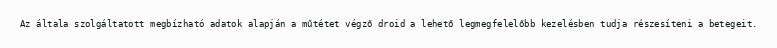
Az általa szolgáltatott megbízható adatok alapján a műtétet végző droid a lehető legmegfelelőbb kezelésben tudja részesíteni a betegeit.